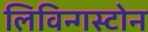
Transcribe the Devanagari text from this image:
लिविन्गस्टोन